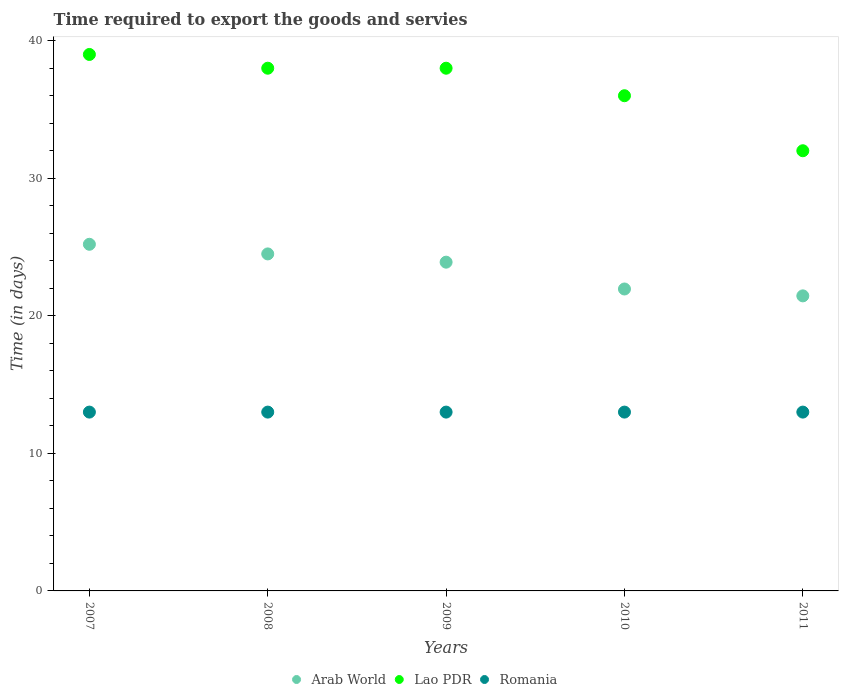
| Years | Arab World | Lao PDR | Romania |
 | --- | --- | --- | --- |
 | 2007 | 25.2 | 39 | 13 |
 | 2008 | 24.5 | 38 | 13 |
 | 2009 | 23.9 | 38 | 13 |
 | 2010 | 21.9 | 36 | 13 |
 | 2011 | 21.4 | 32 | 13 |